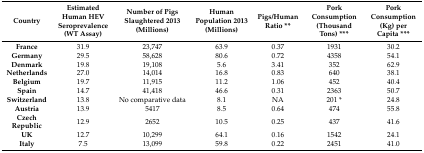
| Country | Estimated Human HEV Seroprevalence (WT Assay) | Number of Pigs Slaughtered 2013 (Millions) | Human Population 2013 (Millions) | Pigs/Human Ratio ** | Pork Consumption (Thousand Tons) *** | Pork Consumption (Kg) per Capita *** |
 | --- | --- | --- | --- | --- | --- | --- |
 | France | 31.9 | 23,747 | 63.9 | 0.37 | 1931 | 30.2 |
 | Germany | 29.5 | 58,628 | 80.6 | 0.72 | 4358 | 54.1 |
 | Denmark | 19.8 | 19,108 | 5.6 | 3.41 | 352 | 62.9 |
 | Netherlands | 27.0 | 14,014 | 16.8 | 0.83 | 640 | 38.1 |
 | Belgium | 19.7 | 11,915 | 11.2 | 1.06 | 452 | 40.4 |
 | Spain | 14.7 | 41,418 | 46.6 | 0.31 | 2363 | 50.7 |
 | Switzerland | 13.8 | No comparative data | 8.1 | NA | 201 * | 24.8 |
 | Austria | 13.9 | 5417 | 8.5 | 0.64 | 474 | 55.8 |
 | Czech Republic | 12.9 | 2652 | 10.5 | 0.25 | 437 | 41.6 |
 | UK | 12.7 | 10,299 | 64.1 | 0.16 | 1542 | 24.1 |
 | Italy | 7.5 | 13,099 | 59.8 | 0.22 | 2451 | 41.0 |